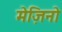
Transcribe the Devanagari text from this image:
मेज़िनो